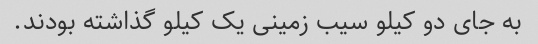
به جای دو کیلو سیب زمینی یک کیلو گذاشته بودند.